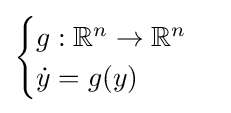
{\begin{cases}g:\mathbb {R} ^{n}\to \mathbb {R} ^{n}&\\{\dot {y}}=g(y)\end{cases}}